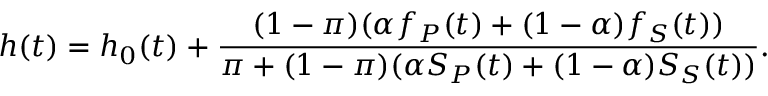
h ( t ) = h _ { 0 } ( t ) + \frac { ( 1 - \pi ) ( \alpha f _ { P } ( t ) + ( 1 - \alpha ) f _ { S } ( t ) ) } { \pi + ( 1 - \pi ) ( \alpha S _ { P } ( t ) + ( 1 - \alpha ) S _ { S } ( t ) ) } .